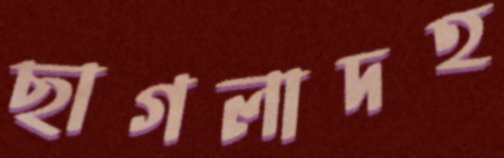
ছাগলাদহ